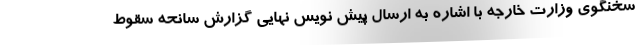
سخنگوی وزارت خارجه با اشاره به ارسال پیش نویس نهایی گزارش سانحه سقوط